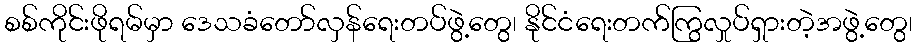
စစ်ကိုင်းဖိုရမ်မှာ ဒေသခံတော်လှန်ရေးတပ်ဖွဲ့တွေ၊ နိုင်ငံရေးတက်ကြွလှုပ်ရှားတဲ့အဖွဲ့တွေ၊